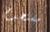
مستخدم